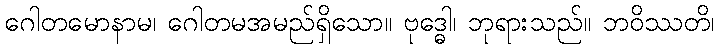
ဂေါတမောနာမ၊ ဂေါတမအမည်ရှိသော။ ဗုဒ္ဓေါ၊ ဘုရားသည်။ ဘဝိဿတိ၊